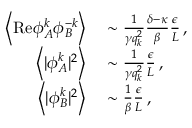
\begin{array} { r l } { \left\langle \mathrm { R e } { \phi } _ { A } ^ { k } { \phi } _ { B } ^ { - k } \right\rangle } & { { } \sim \frac { 1 } { \gamma q _ { k } ^ { 2 } } \frac { \delta - \kappa } { \beta } \frac { \epsilon } { L } \, , } \\ { \left\langle \vert { \phi } _ { A } ^ { k } \vert ^ { 2 } \right\rangle } & { { } \sim \frac { 1 } { \gamma q _ { k } ^ { 2 } } \frac { \epsilon } { L } \, , } \\ { \left\langle \vert { \phi } _ { B } ^ { k } \vert ^ { 2 } \right\rangle } & { { } \sim \frac { 1 } { \beta } \frac { \epsilon } { L } \, , } \end{array}